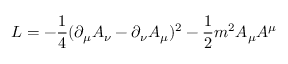
{ \cal L } = - \frac { 1 } { 4 } ( \partial _ { \mu } A _ { \nu } - \partial _ { \nu } A _ { \mu } ) ^ { 2 } - \frac { 1 } { 2 } m ^ { 2 } A _ { \mu } A ^ { \mu }